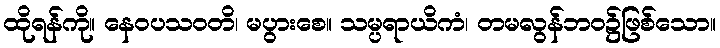
ထိုရန်ကို။ နေဝပသဝတိ၊ မပွားစေ။ သမ္ပရာယိကံ၊ တမလွန်ဘဝ၌ဖြစ်သော။